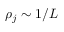
\rho _ { j } \sim 1 / L